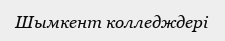
Шымкент колледждері